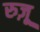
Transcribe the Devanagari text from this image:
रुज़ू